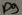
Text: D9